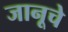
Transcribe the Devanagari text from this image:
जानूचे